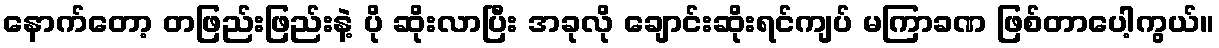
နောက်တော့ တဖြည်းဖြည်းနဲ့ ပို ဆိုးလာပြီး အခုလို ချောင်းဆိုးရင်ကျပ် မကြာခဏ ဖြစ်တာပေါ့ကွယ်။